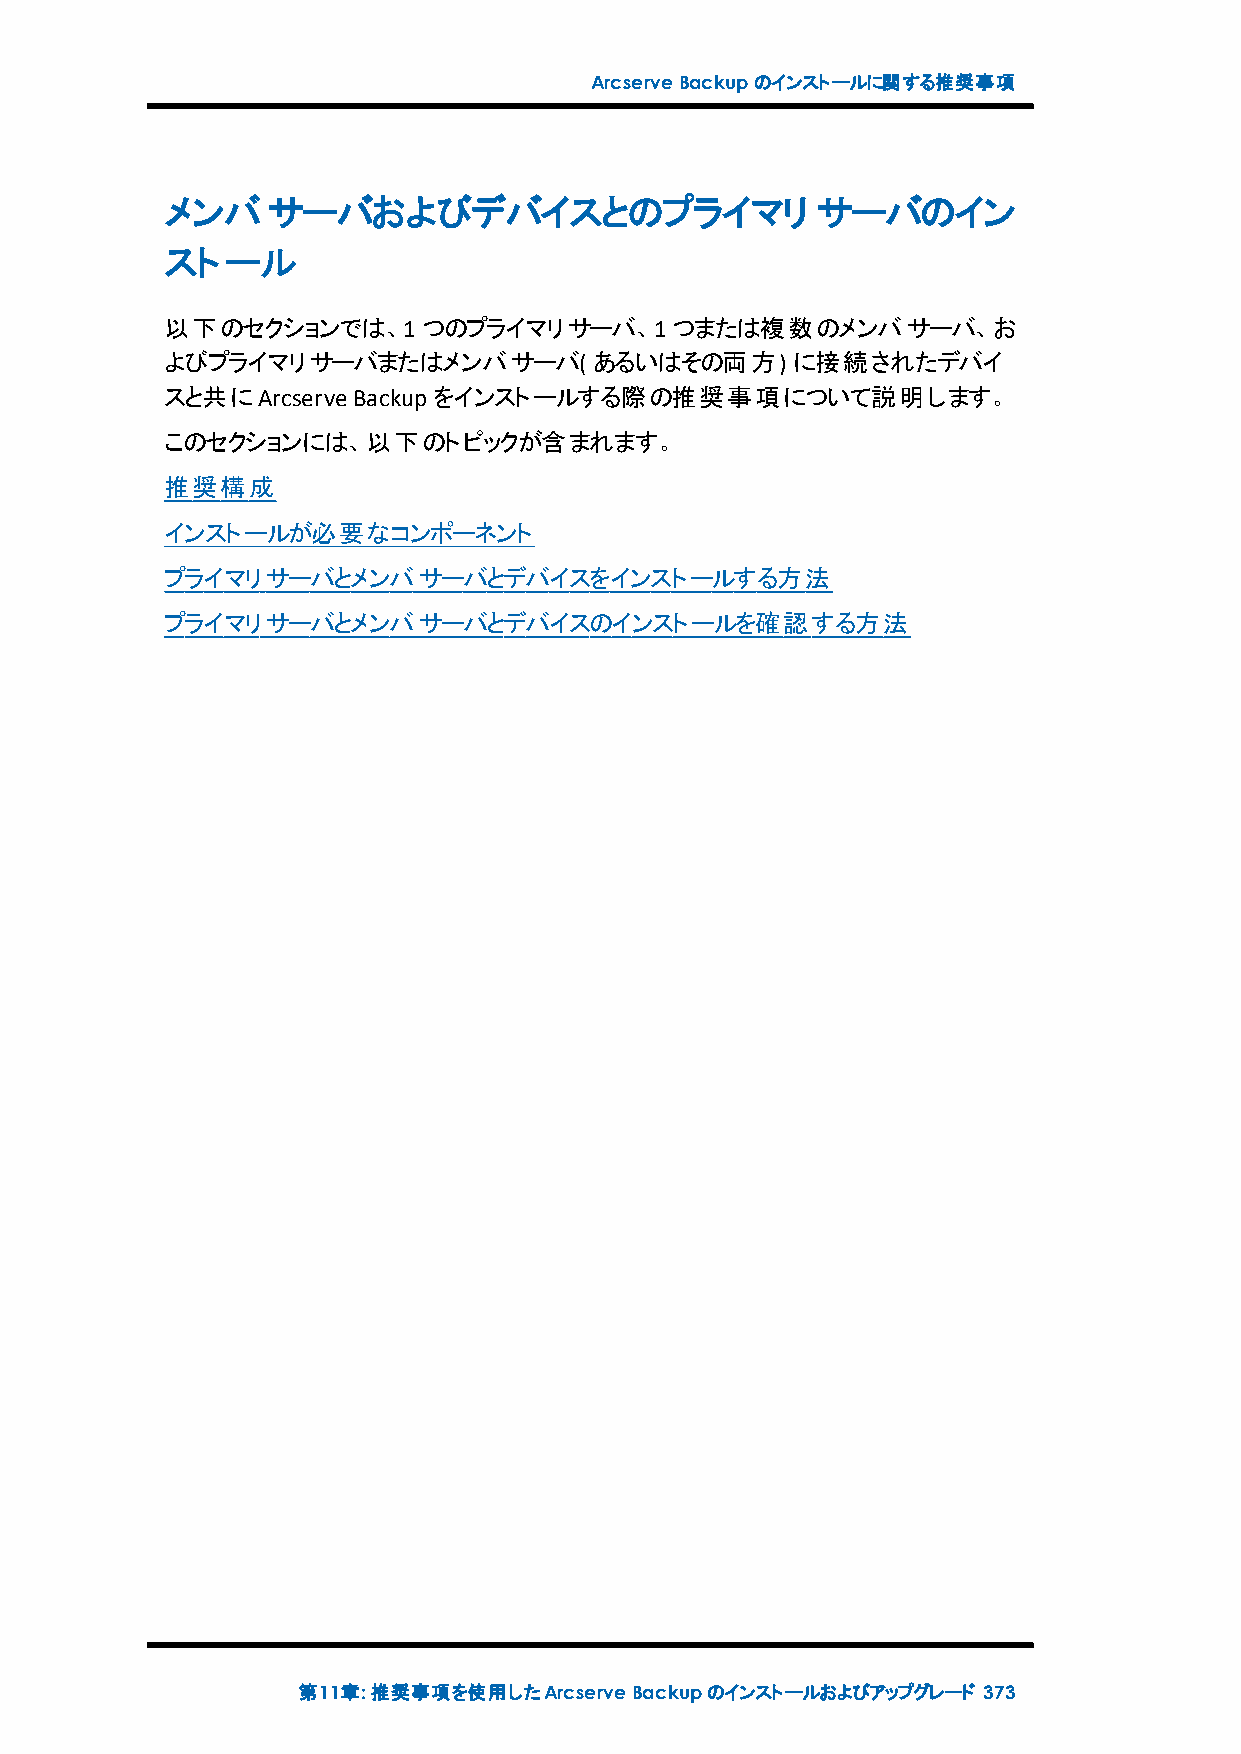
ArcserveBackupのインストールに関する推奨事項
 メンバサーバおよびデバイスとのプライマリ                       サーバのイン
 ストール
 以下のセクションでは、1つのプライマリサーバ、1つまたは複数のメンバサーバ、お
 よびプライマリサーバまたはメンバサーバ(        あるいはその両方)    に接続されたデバイ
 スと共にArcserve Backupをインストールする際の推奨事項について説明します。
 このセクションには、以下のトピックが含まれます。
 推奨構成
 インストールが必要なコンポーネント
 プライマリサーバとメンバサーバとデバイスをインストールする方法
 プライマリサーバとメンバサーバとデバイスのインストールを確認する方法
 第11章:推奨事項を使用したArcserveBackupのインストールおよびアップグレード 373